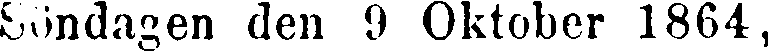
Söndagen den 9 Oktober 1864,